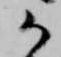
御